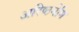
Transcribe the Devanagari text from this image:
अरिष्ठनेमि